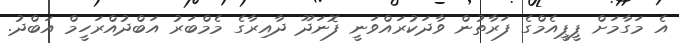
އެ މަގާމަށް ޕީޕީއެމްގެ ފަރާތުން ވާދަކުރައްވަނީ ފޮނަދޫ ދާއިރާގެ މެމްބަރު އަބްދުއްރަހީމް އަބްދު.